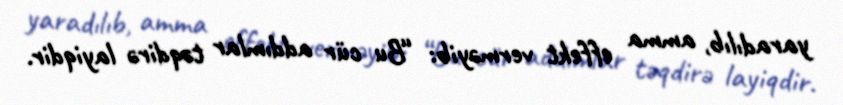
yaradılıb, amma effekt verməyib: “Bu cür addımlar təqdirə layiqdir.